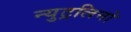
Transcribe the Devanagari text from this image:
न्युट्रलिनो